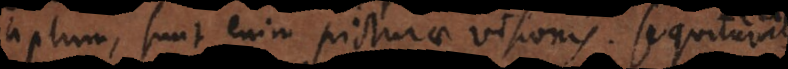
aptum, sunt enim picturae visionis. Sequitur